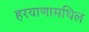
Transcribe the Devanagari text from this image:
हरयाणामधिल